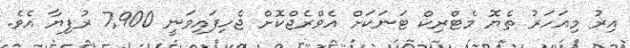
އިރު މިއަހަރު ތެޔޮ މެޓްރިކް ޓަނަކަށް އެވްރެޖްކޮށް ޖެހިފައިވަނީ 7